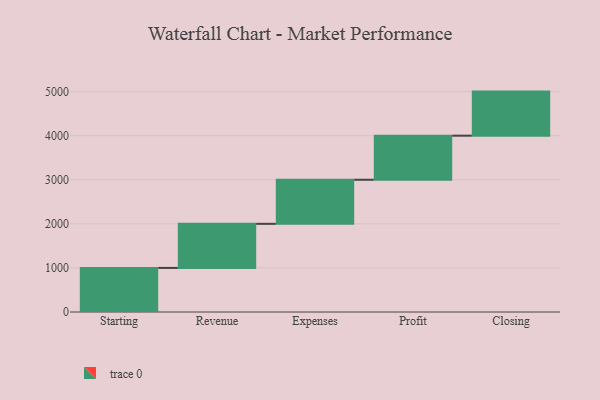
{"axis": {"x": "Step", "y": "Value"}, "legend": [""], "data": [{"x": "Starting", "y": 1000, "type": ""}, {"x": "Revenue", "y": 1000, "type": ""}, {"x": "Expenses", "y": 1000, "type": ""}, {"x": "Profit", "y": 1000, "type": ""}, {"x": "Closing", "y": 1000, "type": ""}]}